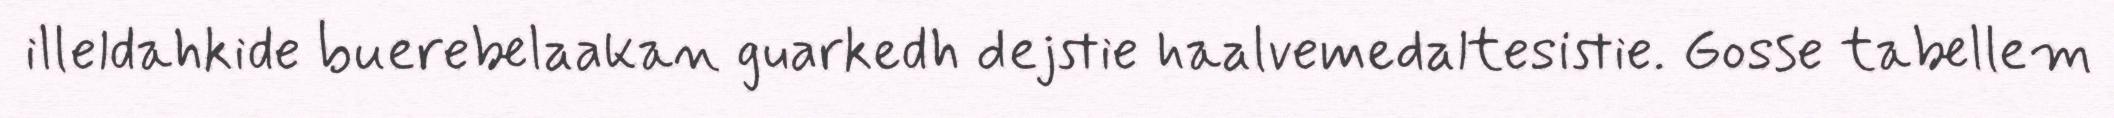
illeldahkide buerebelaakan guarkedh dejstie haalvemedaltesistie. Gosse tabellem